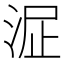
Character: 𣴻